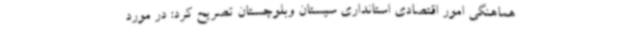
هماهنگی امور اقتصادی استانداری سیستان وبلوچستان تصریح کرد: در مورد